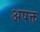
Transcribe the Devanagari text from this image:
अषक्त